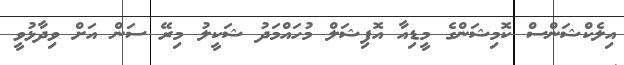
އިލެކްޝަންސް ކޮމިޝަންގެ މީޑިއާ އޮފިޝަލް މުހައްމަދު ޝަކީލު މިރޭ ސަން އަށް ވިދާޅުވީ